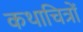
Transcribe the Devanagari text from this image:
कथाचित्रों